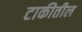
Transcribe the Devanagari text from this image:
टाकीतील